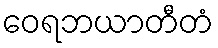
ဝေရဘယာတီတံ